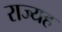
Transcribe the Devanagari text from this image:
राज्यह